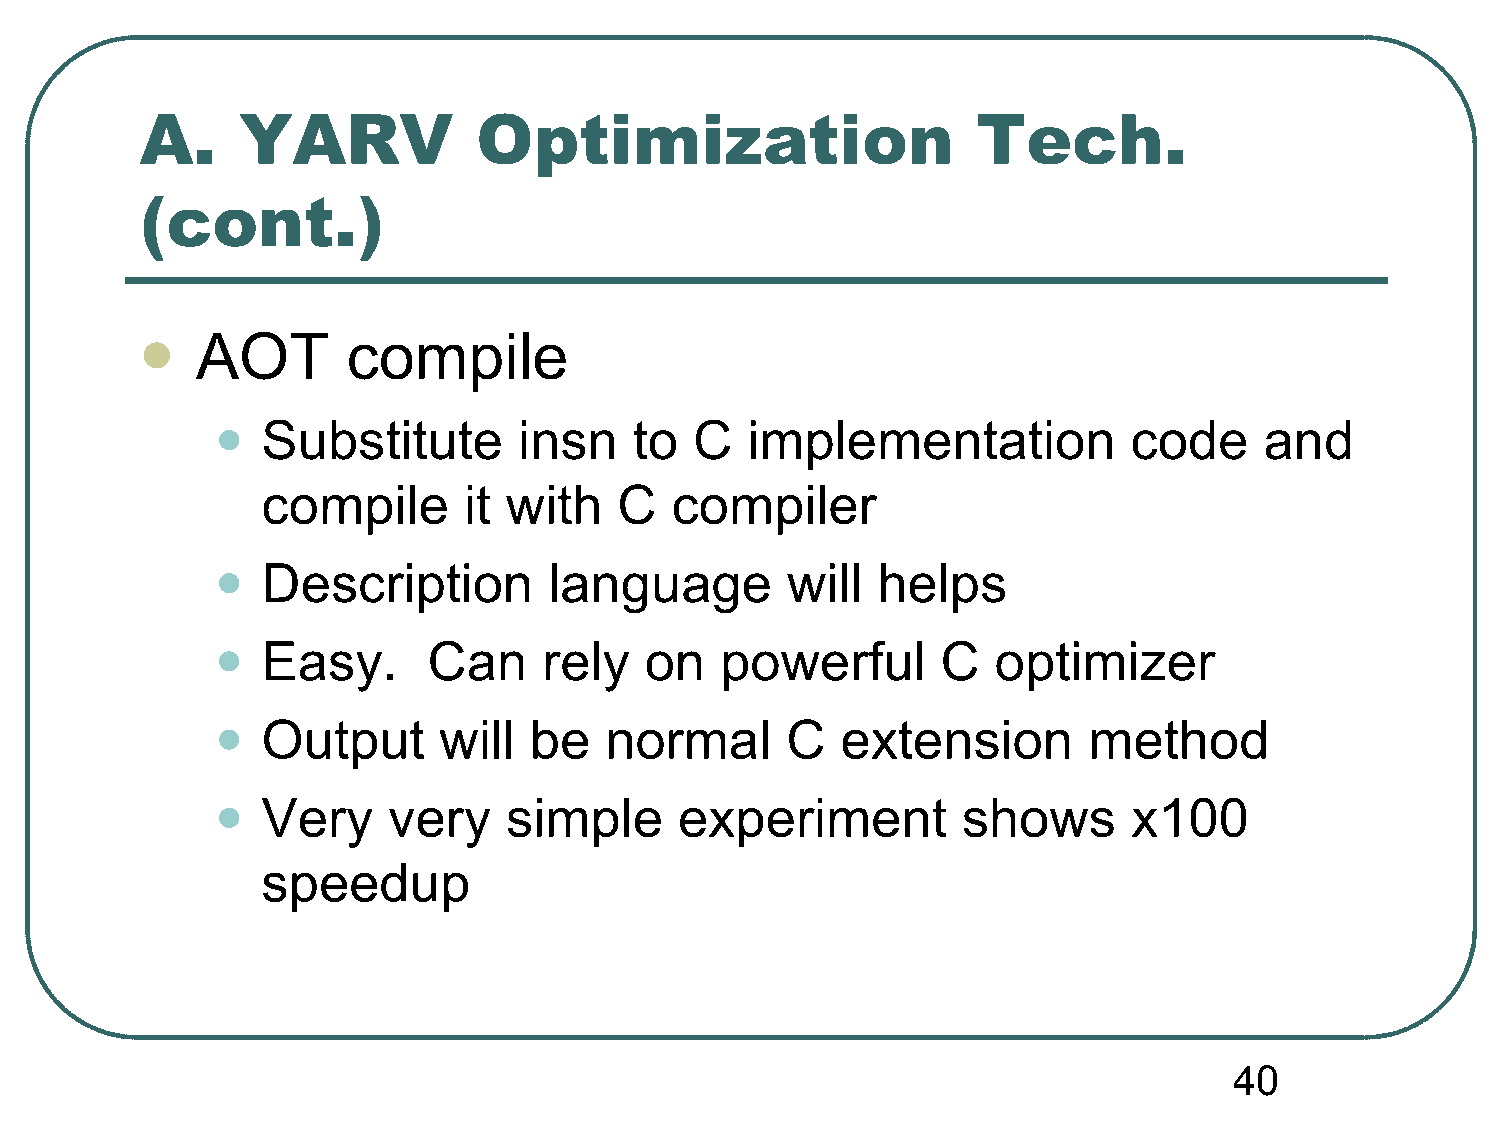
A.     YARV            Optimization                     Tech.
 (cont.)
 AOT       compile
 
 •
 Substitute       insn    to  C  implementation            code     and
 compile       it with   C  compiler
 •
 Description        language        will  helps
 •
 Easy.      Can     rely   on   powerful      C   optimizer
 •
 Output      will  be   normal      C   extension       method
 •
 Very     very    simple     experiment         shows      x100
 speedup
 40